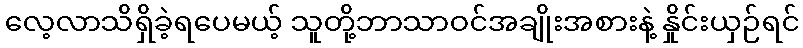
လေ့လာသိရှိခဲ့ရပေမယ့် သူတို့ဘာသာဝင်အချိုးအစားနဲ့ နှိုင်းယှဉ်ရင်